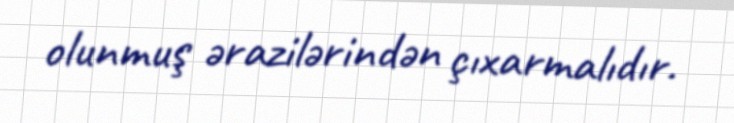
olunmuş ərazilərindən çıxarmalıdır.